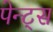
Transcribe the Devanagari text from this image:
पेन्ट्स